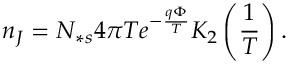
n _ { J } = N _ { \ast s } 4 \pi T e ^ { - \frac { q \Phi } { T } } K _ { 2 } \left( \frac { 1 } { T } \right) .